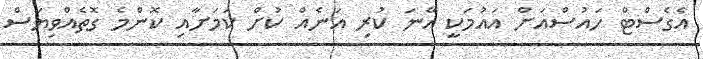
އެގެސްޓް ހައުސްއަށް އައުމަކީ އޭނަ ކުރި އަނެއް ކުށް ކަމަށާއި ކޮންމެ ގޮތެއްވިޔަސް